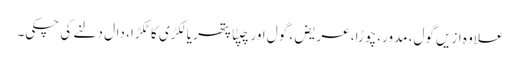
علاوہ ازیں گول، مدور، چوڑا، عریض، گول اور چپٹا پتھر یا لکڑی کا ٹکڑا، دال دلنے کی چکی۔